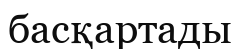
басқартады